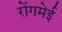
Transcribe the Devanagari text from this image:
रोंगमेई